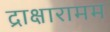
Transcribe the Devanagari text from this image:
द्राक्षारामम